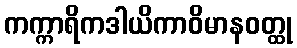
ကက္ကာရိကဒါယိကာဝိမာနဝတ္ထု